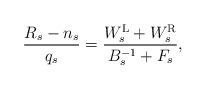
LaTeX: \begin{align*}\frac{R_s - n_s}{q_s}= \frac{ W_s^{\mathrm{L}} + W_s^{\mathrm{R}} }{ B_s^{-1} + F_s },\end{align*}